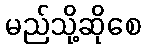
မည်သို့ဆိုစေ